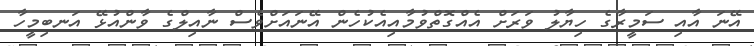
އޭނަ އާއި ސަމީރާގެ ހިޔާލު ވަރަށް އެއްގޮތްވުމާއިއެކުހެން އޭނައަށްވެސް ނާއިލްގެ ވާންއުޅޭ އަނބިމީހާ